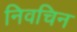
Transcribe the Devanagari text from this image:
निवचिन